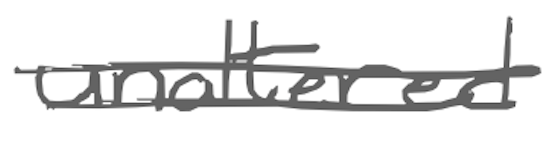
Text: unaltered
Cross-out: mix
Writing tool: digital_gray